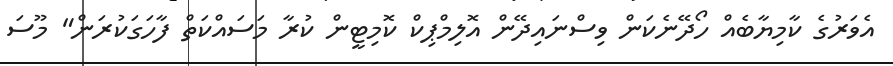
އެވަރުގެ ކާމިޔާބެއް ހޯދޭނެކަން ވިސްނައިދޭން އޮލިމްޕިކް ކޮމިޓީން ކުރާ މަސައްކަތް ފާހަގަކުރަން" މޫސަ